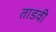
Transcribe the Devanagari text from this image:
ताडवी